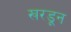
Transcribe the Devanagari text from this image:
खरडून